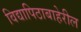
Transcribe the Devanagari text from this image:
विद्यापिठाबाहेरील